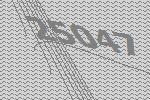
25047